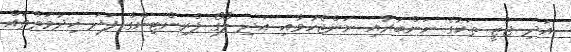
އަދި ޖާޒީ ތަކުގެ ނަންބަރާއި ނަންޖެހުމާއި އަދި ލޯގޯ ޕްރިންޓިންގް ފަދަ ޚިދުމަތްތައް